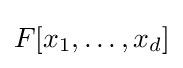
F[x_{1},\dots ,x_{d}]